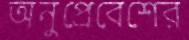
অনুপ্রেবেশের